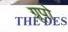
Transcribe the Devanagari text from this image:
ग्रूपो